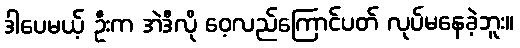
ဒါပေမယ့် ဦးက အဲဒီလို ဝေ့လည်ကြောင်ပတ် လုပ်မနေခဲ့ဘူး။